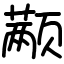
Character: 颟